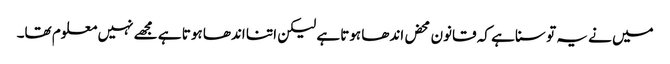
میں نے یہ تو سنا ہے کہ قانون محض اندھا ہوتا ہے لیکن اتنا اندھا ہوتا ہے مجھے نہیں معلوم تھا۔